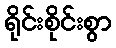
ရိုင်းစိုင်းစွာ